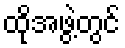
ထိုအဖွဲ့တွင်